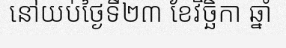
នៅយប់ថ្ងៃទី២៣ ខែវិច្ឆិកា ឆ្នាំ